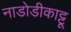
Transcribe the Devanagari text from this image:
नाडोडीकाट्टू